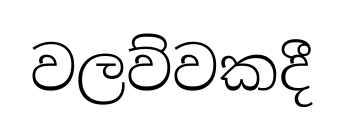
වලව්වකදී